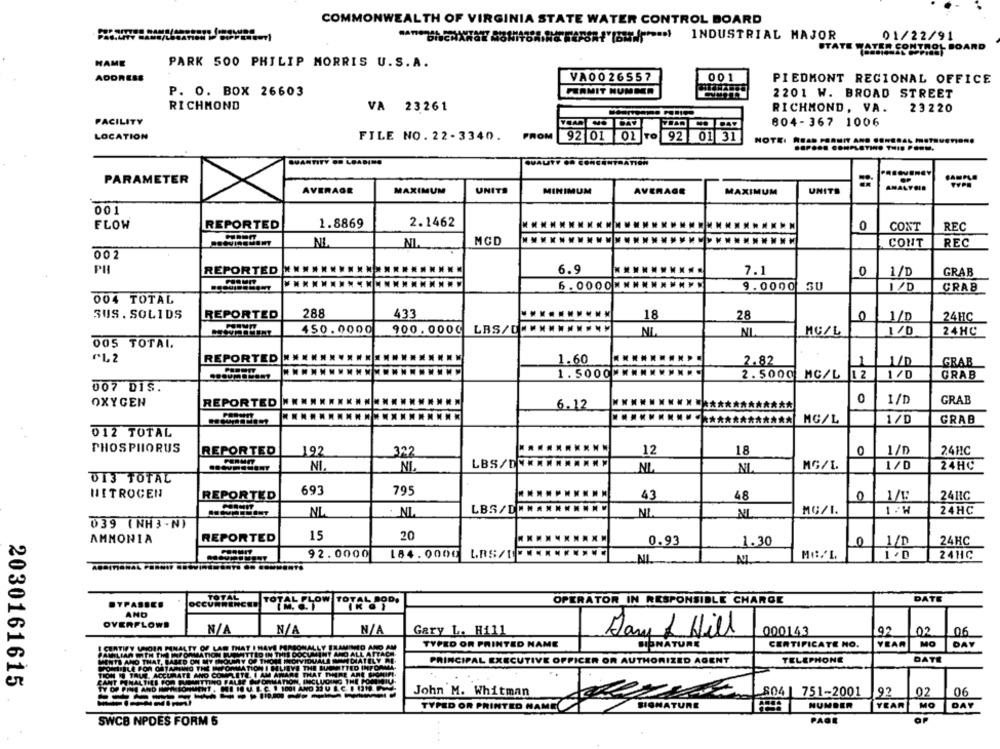
COMMONWEALTH OF VIRGINIA STATE WATER CONTROL BOARD
INDUSTRIAL MAJOR
01/22/91
STATE WATER CONTROL BOARD
NAME
PARK 500 PHILIP MORRIS U.S.A.
ADDRESS
VA00 26557
001
PIEDMONT REGIONAL OFFICE
PURMIT NUMMER
P. O. BOX 26603
2201 W. BROAD STREET
RICHMOND
VA 23261
RICHMOND, VA.
23220
FACILITY
804-367 1006
TO
01 31
LOCATION
FILE NO. 22-3340.
FROM
92 01 02
...... ..... ETINO THIS PORU.
QUANTITY .. LOADINO
QUAUTF
PARAMETER
JABPLE
ANALYSIS
AVERAGE
MAXIMUM
UNITS
MINIMUM
AVERAGE
MAXIMUM
UNITS
001
REPORTED
1.8869
2.1462
FLOW
0
CONT
REC
NL
NI
MCD
CONT
REC
002
PH
6.9
7.1
REPORTED
0
1/D
GRAB
6. 0000 .........
9.0000
SU
I/D
CRAB
004 TOTAL
SUS. SOLIDS
REPORTED
288
433
18
28
0
1//D
24HC
450.0000
900.000C
LBS/0
NL
NL
MG/L
1/0
24HC
005 TOTAL.
₼L2
REPORTED
1.60
-
2.82
1/D
GRAB
1. 5000 ......
2.5000
MC/L
1/0
GRAB
007 DIS.
OXYGEN
REPORTED *****
********
0
1/D
GRAB
6.12
GRAB
MG/L
1/D
012 TOTAL
PHOSPHORUS
1/D
24HC
REPORTED
192
322
12
18
0
1/0
NI.
NI.
NL
NL
MG/L
24HC
DI3 TOTAL
HETROCEN
REPORTED
693
795
43
48
0
2411C
LBS/D **********
1/W
NL
. NL
NL
NL
MG/I.
24HC
039 (NH3 - N)
AMMONIA
REPORTED
15
20
0.93
1.30
0
1/D
24HC
92.0000
184.0000
24HC
NL
TOTAL
DATE
OCCURRENCED
TOTAL FLOW TOTAL POD.
OPERATOR IN RESPONSIBLE CHARGE
AND
OVERFLOWS
92
02
06
Gary L. Hill
Day & Will
000143
TYPED OR PRINTED NAME
CERTIFICATE NO.
YEAR
MO
DAY
I CERTIFY WHOIN PENALTY OF LAW THAT I HAVE PERSONALLY FLAMINIO ANO
DENATURE
MENTS AND THAT, BASED ON MY COLBAY OF THOSE INONVIDUALS ENCIATELYN
LIAM WITH THE INFORMATION TU MITTED IN THIS DOCUMENT AND ALL ATTAC
PRINCIPAL EXECUTIVE OFFICER OR AUTHORIZED AGENT
TELEPHONE
DATE
VOICIIBLE FOR OSTARING THE INFORMATION I BELIEVE TH
ELIEVE THE BUGIMITTED INFORM
TIOH IS TRUE. ACCURATE AND COMPLETE. I AM AWARE THAT THERE ARE SICHUP
CANT PENALTIES FOR PURANTTING FALSE INFORMATION, INCLUDING THE POMOR
2030161615
---------
John M. Whitman
751-2001
92
02
06
NUMBER
YEAR
MO
DAY
TYPED OR PRINTED NAME
SIGNATURE
PAGE
SWCB NPDES FORM 5